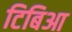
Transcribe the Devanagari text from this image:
टिबिआ